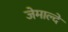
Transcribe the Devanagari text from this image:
जेमाल्दे